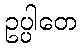
ဥပ္ပါတေ